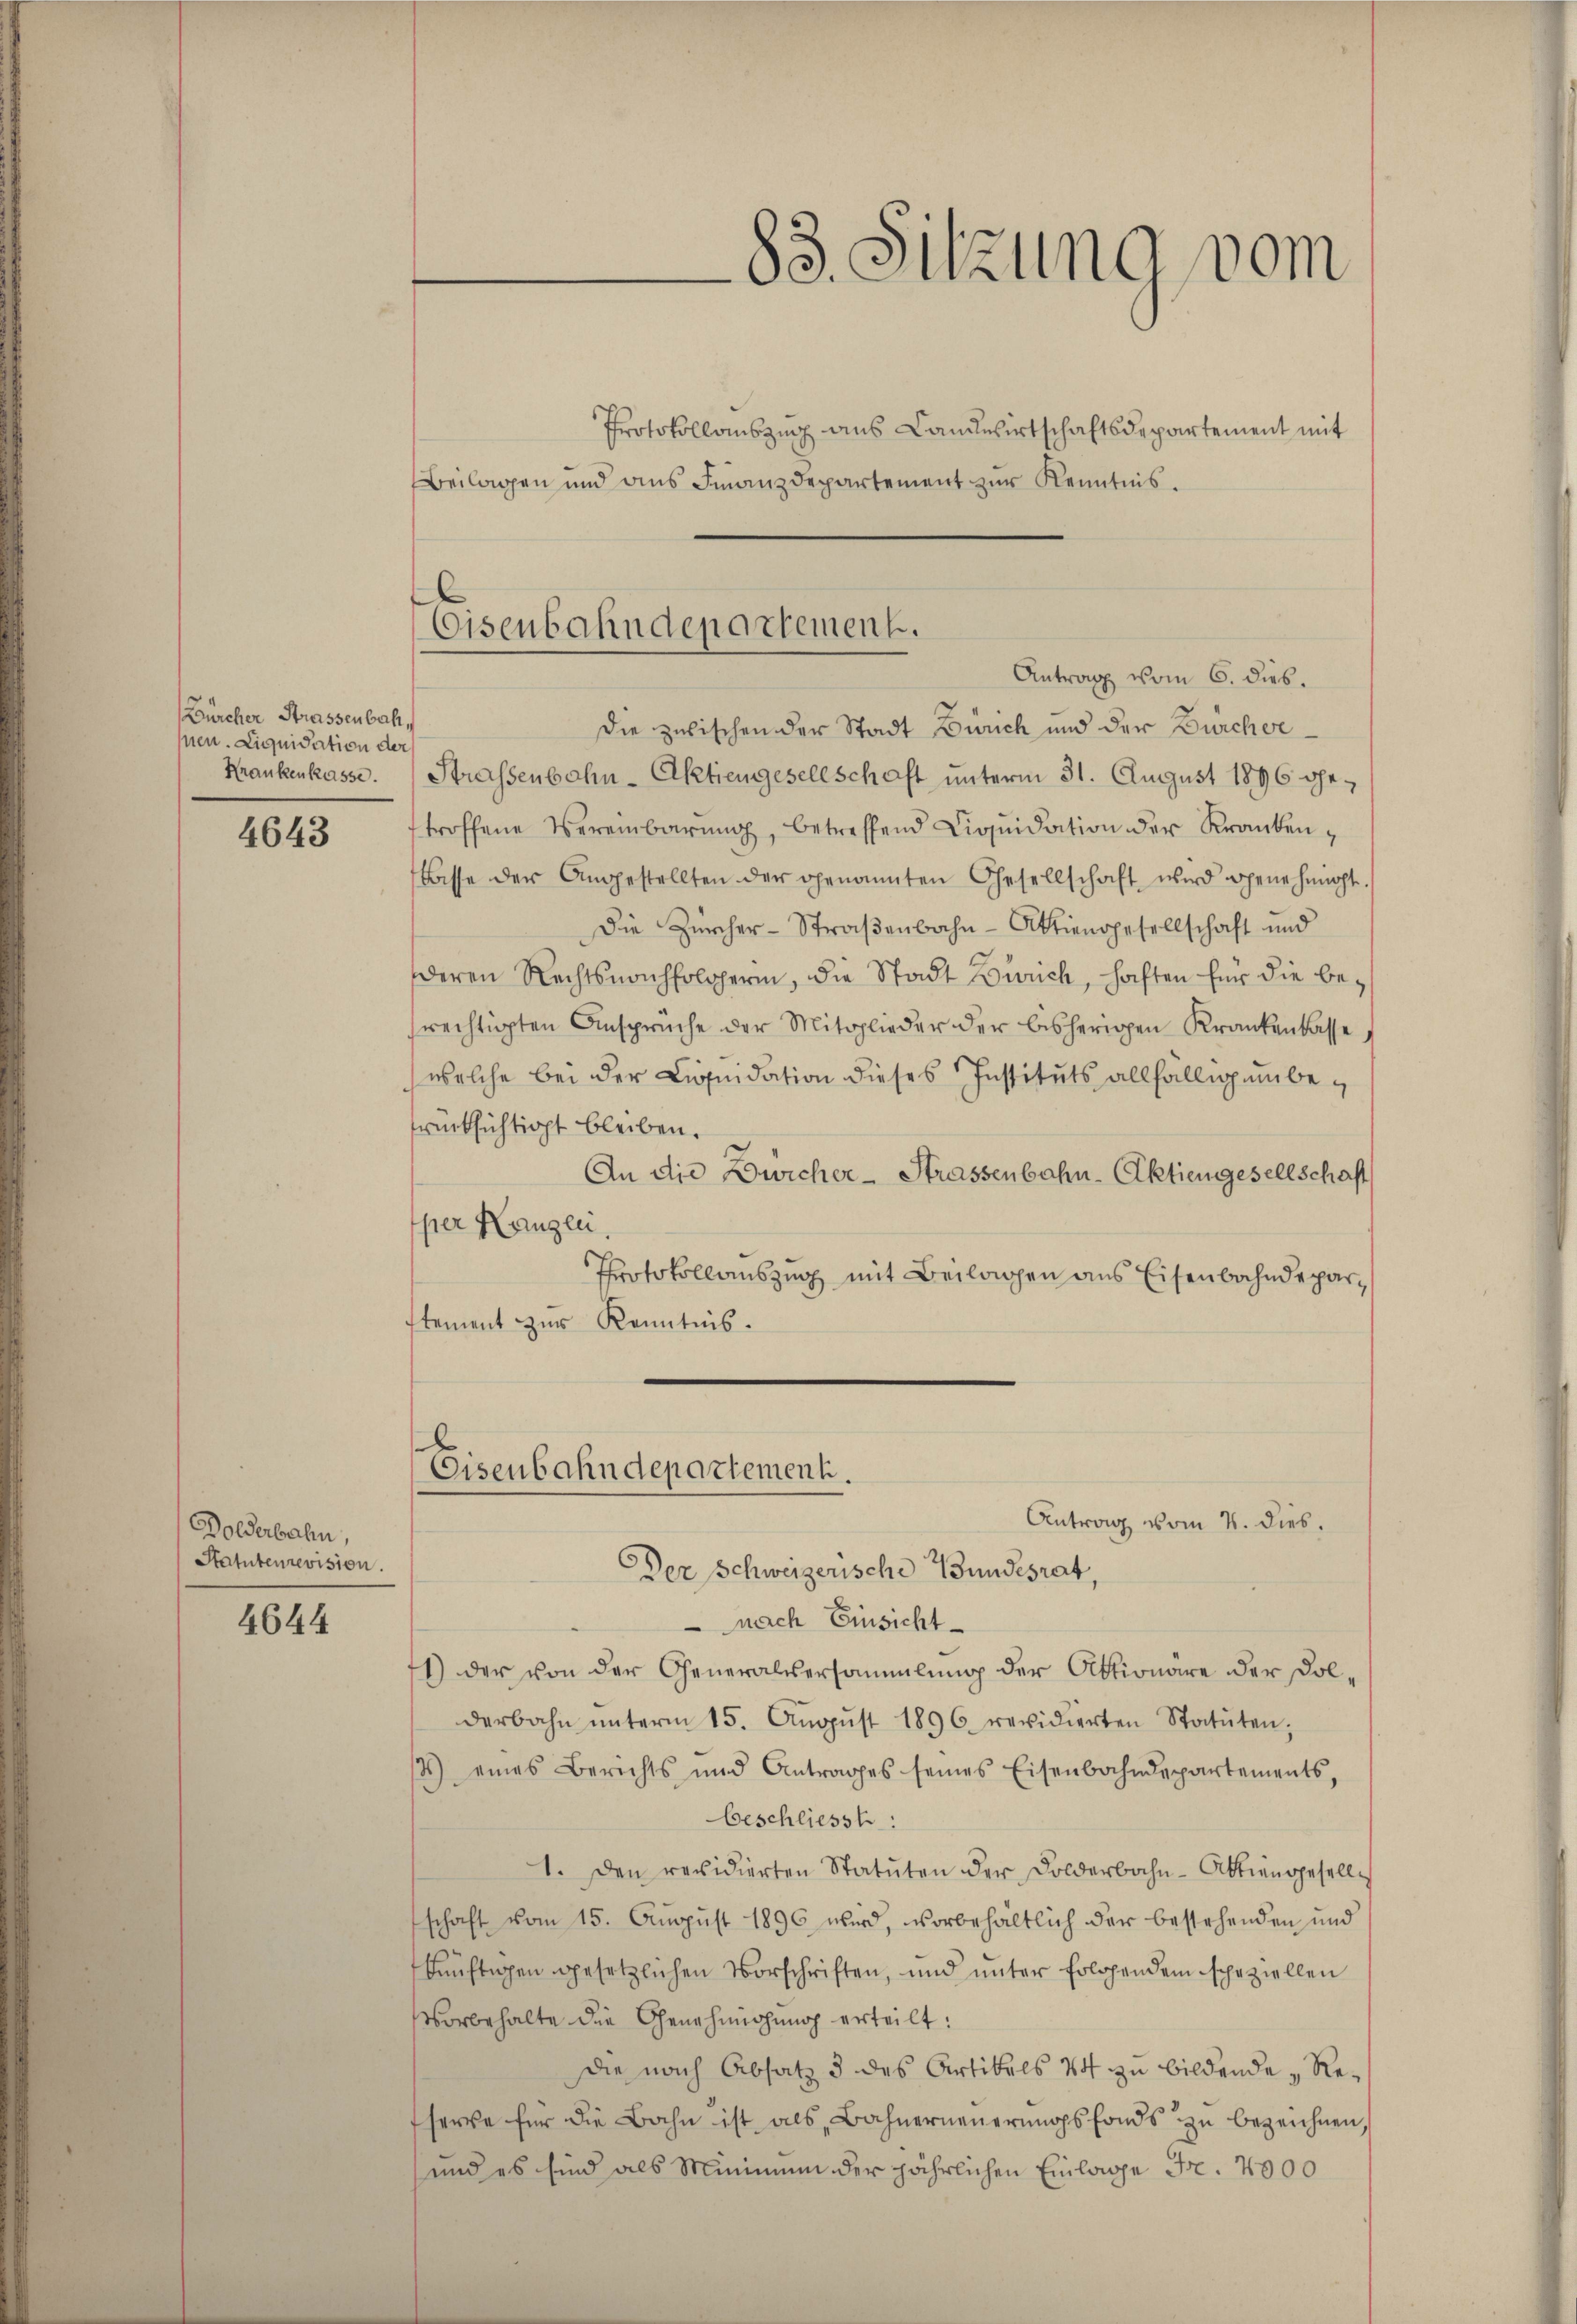
Bürcher Strassenbach,
sen. Liquidation der
Krankenkasse.

4643

Dolderbahn,
Statutenrevision.

4644

Protokollauszug aus Landwirtschaftsdepartement mit
Beilagen und ans Finanzdepartement zur Kenntnis.
Die zwischen der Stadt Zürich und der Bürcher¬
Strassenbahn-Aktiengesellschaft unterm 31. August 1896 getroffene Vereinbarŭng, betreffend Liqŭidation der Kranken¬
Basse der Angestellten der genannten Gesellschaft wird genehmnoht
Die Zürcher-Straßenbahn-Aktiengesellschaft und
deren Rechtsnachfolgerin, die Stadt Zürich, haften für die berechtigten Ansprüche der Mitglieder der bisherigen Krankenkasse
welche bei der Liquidation dieses Instituts allfälligen berücksichtigt bleiben.
An die Dwicher-Strassenbahn-Aktiengesellschaft
per Kanzlei
Protokollauszug mit Beilagen aus Eisenbahndeparstement zur Kenntnis.
Eisenbahndepartement.
Antrag vom 4. dies
Der Schweizerische Bundesrat,
nach Einsicht
1) der von der Generalsersammlung der Aktionäre der Dolderbahn ŭnterm 15. Aŭgŭst 1896 revidierten Statŭten;
) eines Berichts und Antrages seines Eisenbahndepartements,
beschliesst:
1. Den revidierten Statuten der Dolderbahn-Aktiengesellschaft vom 15. August 1896 wird, vorbehaltlich der bestehenden und
künftigen gesetzlichen Vorschriften, und unter folgendem speziellen
vorbehalte die Genehmigung erteilt:
die nach Absatz 3 des Artikels 44 zu bildende Resere für die Bahn ist, als Bahnerneuerungsfonds zu bezeichnen,
und es sind als Minimum der jährlichen Einlage Fr. 4000

83. Sitzung vom

Eisenbahndepartement.
Antrag vom 6. dies.